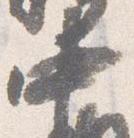
中